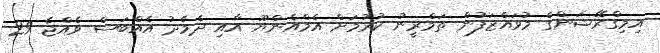
އިމިގްރޭޝަންގެ މުވައްޒަފުން ތަމްރީނު ކުރުމަށް އެމްއެންޔޫ އާއި ދެމެދު އެއްބަސް ވެއްޖެ 29